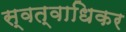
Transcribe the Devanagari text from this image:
स्वत्वाधिकर